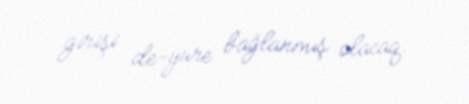
girişi de-yure bağlanmış olacaq.